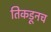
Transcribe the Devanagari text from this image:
तिकडूनच